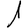
Digit: 1